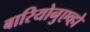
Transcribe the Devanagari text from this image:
बारियोनुएव्हो